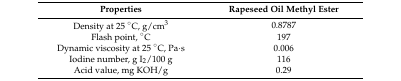
<table><thead><tr><td><b>Properties</b></td><td><b>Rapeseed Oil Methyl Ester</b></td></tr></thead><tbody><tr><td>Density at 25 °C, g/cm<sup>3</sup></td><td>0.8787</td></tr><tr><td>Flash point, °C</td><td>197</td></tr><tr><td>Dynamic viscosity at 25 °C, Pa∙s</td><td>0.006</td></tr><tr><td>Iodine number, g I<sub>2</sub>/100 g</td><td>116</td></tr><tr><td>Acid value, mg KOH/g</td><td>0.29</td></tr></tbody></table>